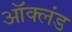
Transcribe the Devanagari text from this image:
ऑक्लंड